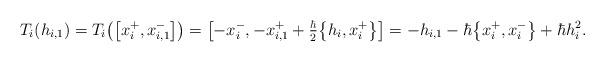
LaTeX: \begin{gather*}T_i(h_{i,1}) = T_i\big(\big[x_{i}^+,x_{i,1}^-\big]\big) = \big[{-}x_{i}^-, -x_{i,1}^+ + \tfrac{\hbar}{2}\big\{ h_i, x_i^+ \big\}\big] = -h_{i,1} - \hbar \big\{x_i^+,x_i^-\big\} + \hbar h_i^2.\end{gather*}